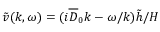
\tilde { v } ( k , \omega ) = ( i \overline { { D } } _ { 0 } k - \omega / k ) \tilde { h } / H